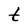
Character: t